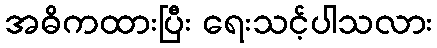
အဓိကထားပြီး ရေးသင့်ပါသလား